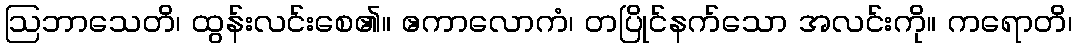
ဩဘာသေတိ၊ ထွန်းလင်းစေ၏။ ဧကာလောကံ၊ တပြိုင်နက်သော အလင်းကို။ ကရောတိ၊